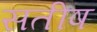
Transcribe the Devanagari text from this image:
सतीष